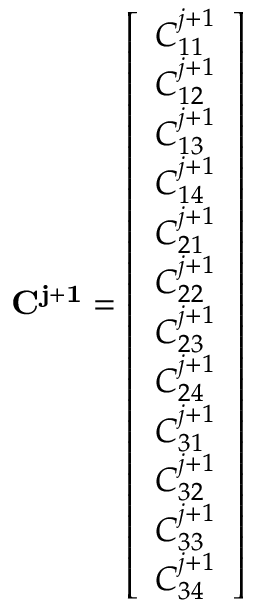
\mathbf { C ^ { j + 1 } } = { \left[ \begin{array} { l } { C _ { 1 1 } ^ { j + 1 } } \\ { C _ { 1 2 } ^ { j + 1 } } \\ { C _ { 1 3 } ^ { j + 1 } } \\ { C _ { 1 4 } ^ { j + 1 } } \\ { C _ { 2 1 } ^ { j + 1 } } \\ { C _ { 2 2 } ^ { j + 1 } } \\ { C _ { 2 3 } ^ { j + 1 } } \\ { C _ { 2 4 } ^ { j + 1 } } \\ { C _ { 3 1 } ^ { j + 1 } } \\ { C _ { 3 2 } ^ { j + 1 } } \\ { C _ { 3 3 } ^ { j + 1 } } \\ { C _ { 3 4 } ^ { j + 1 } } \end{array} \right] }